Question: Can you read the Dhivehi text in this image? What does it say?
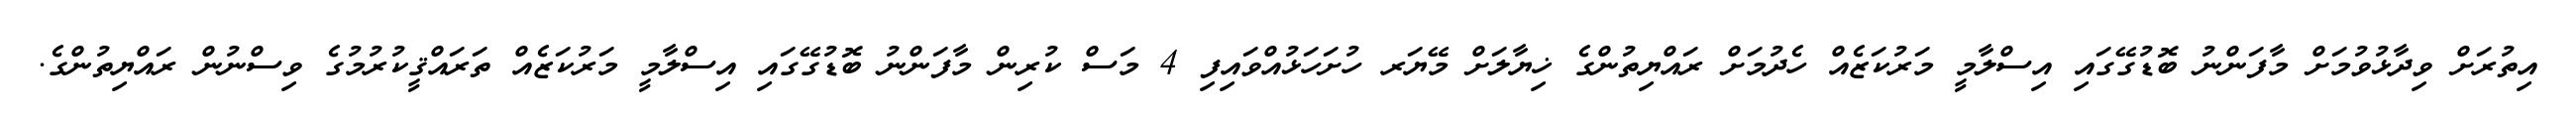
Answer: އިތުރަށް ވިދާޅުވުމަށް މާފަންނު ބޮޑުގޭގައި އިސްލާމީ މަރުކަޒެއް ހެދުމަށް ރައްޔިތުންގެ ޚިޔާލަށް މޭޔަރ ހުށަހަޅުއްވައިފި 4 މަސް ކުރިން މާފަންނު ބޮޑުގޭގައި އިސްލާމީ މަރުކަޒެއް ތަރައްޤީކުރުމުގެ ވިސްނުން ރައްޔިތުންގެ.